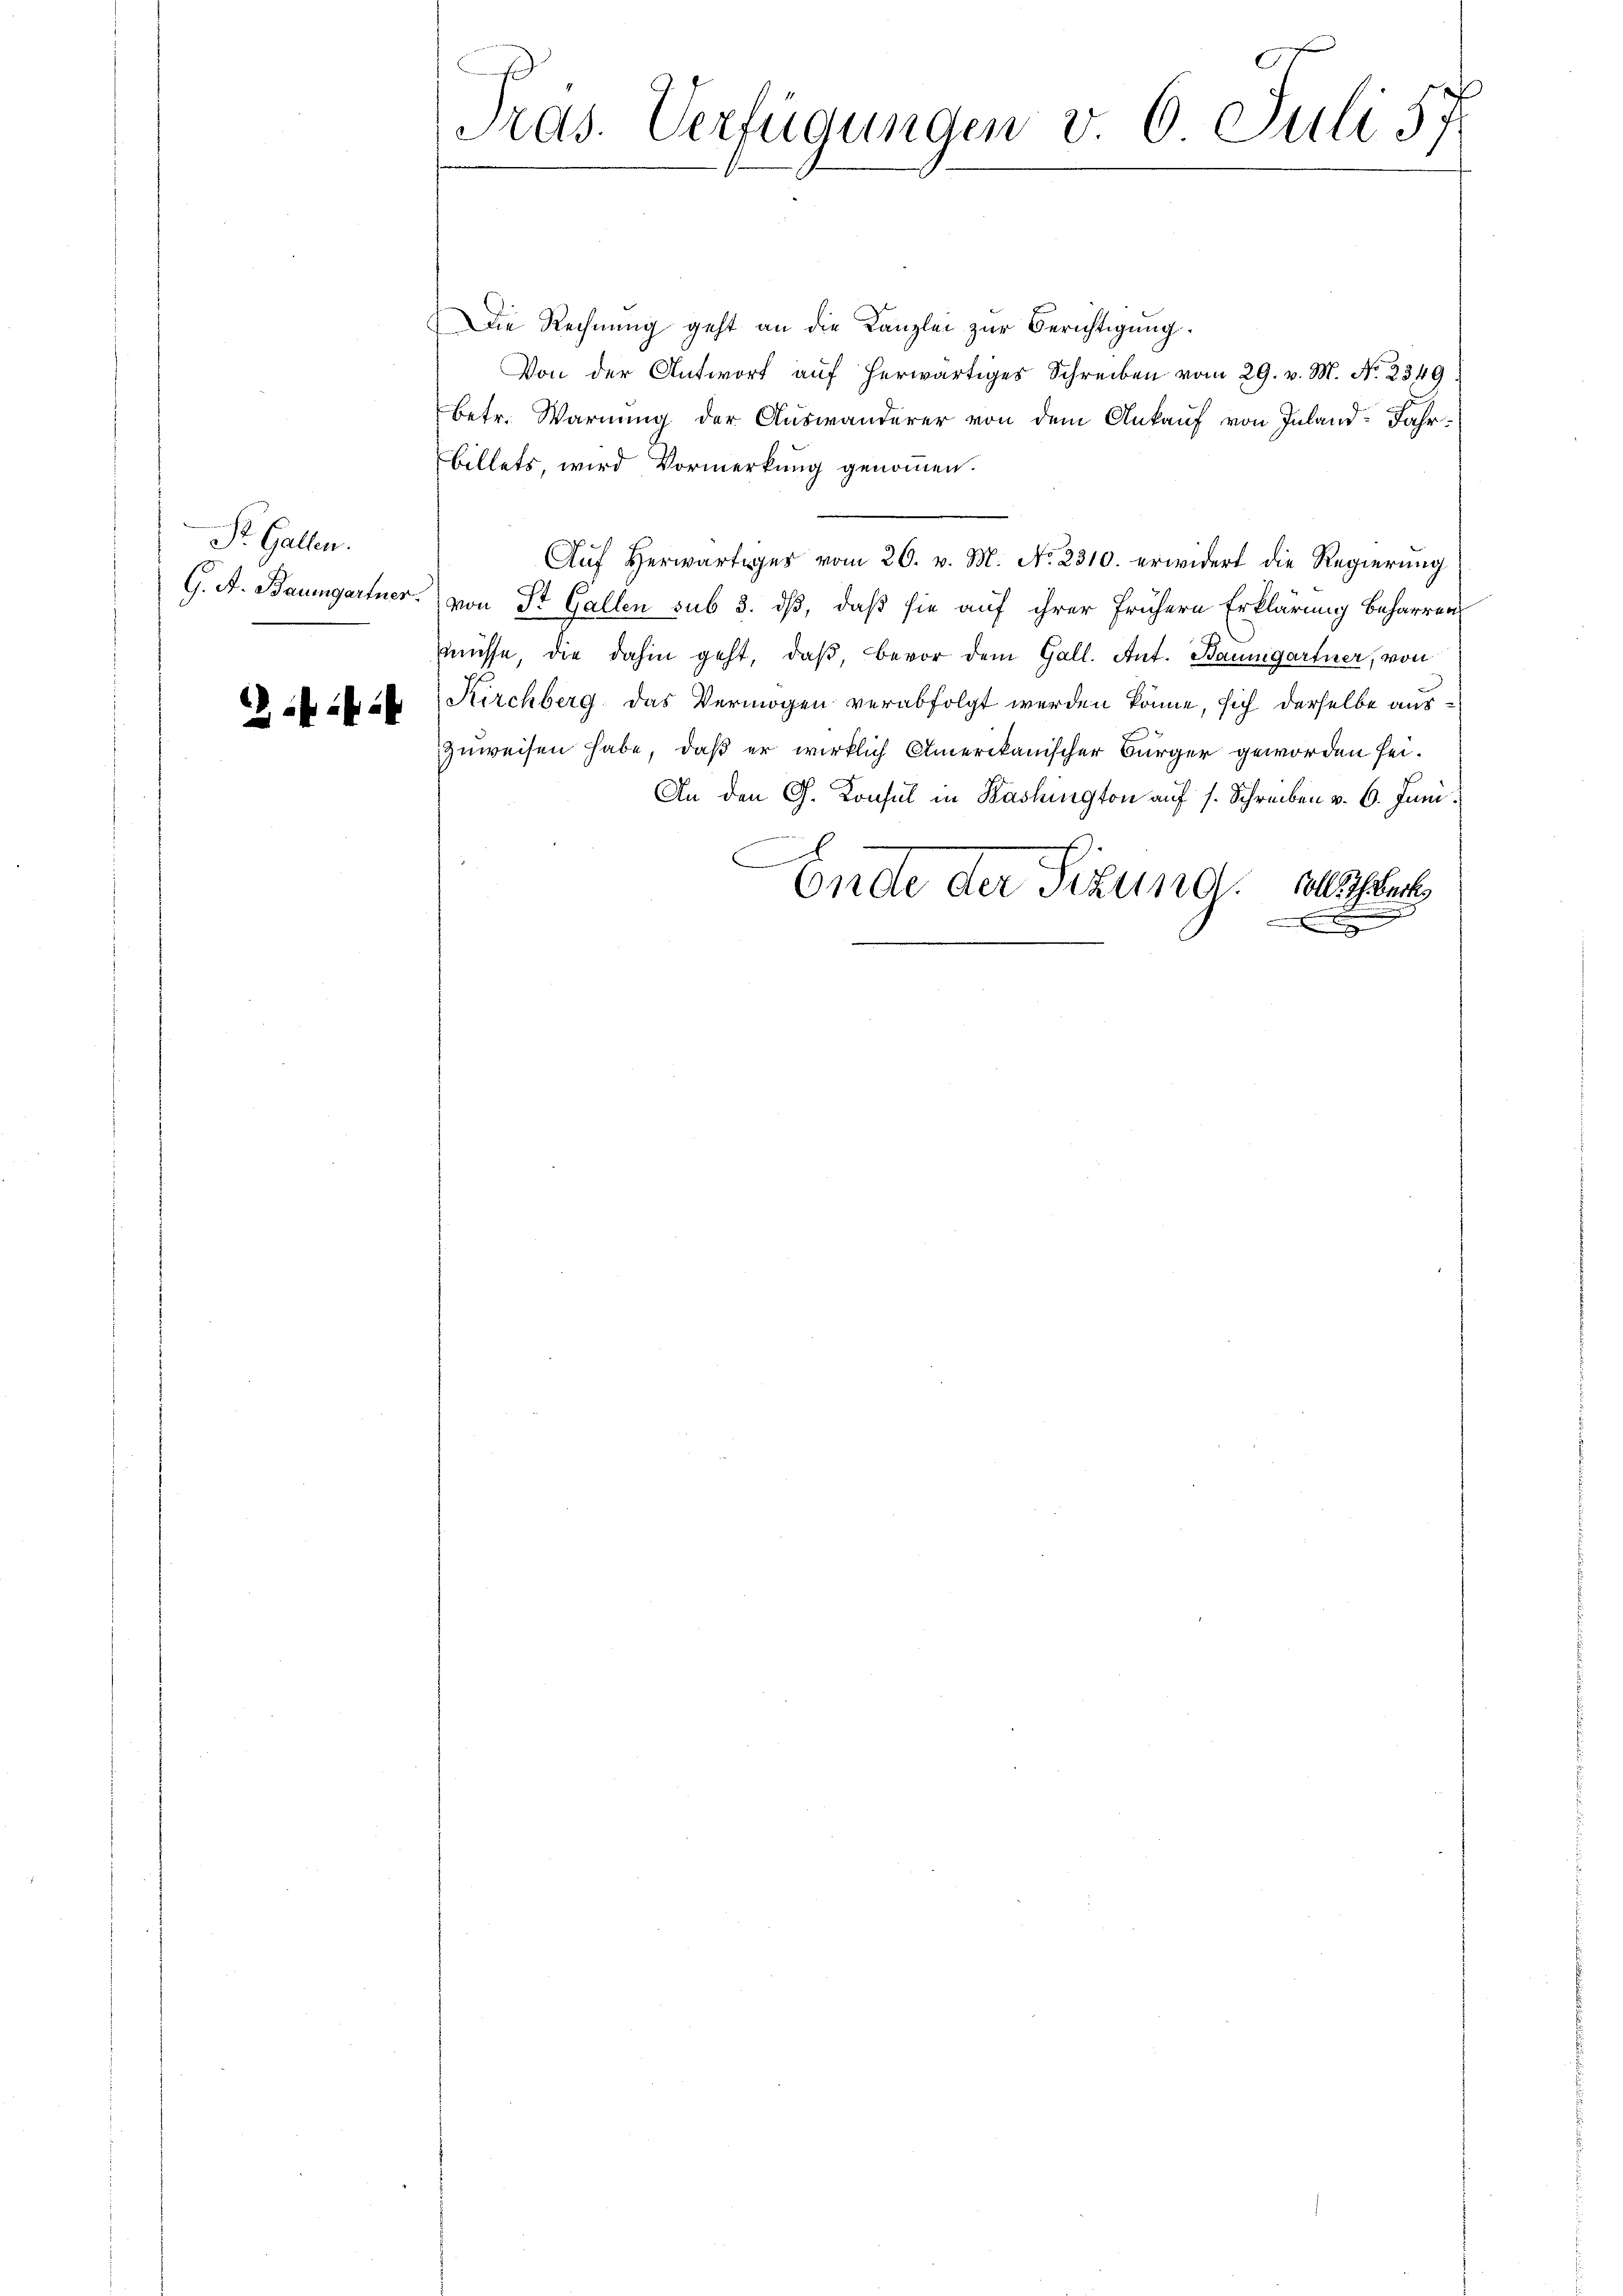
St. Gallen.

i

Tras. Verfügungen v 6 Juli 57

Die Rechnung geht an die Kanzlei zur Berichtigung.
Von der Antwort aŭf herwärtiges Schreiben vom 29. v. M. No. 2349.
betr. Warnung der Auswanderer von dem Ankauf von Inland-Fahr¬
Billets, wird Vormerkung genommen.
Auf herwärtiges vom 26. v. M. No. 2310. erwidert die Regierung
G. A. Baumgartner von St. Gallen sub 3. dß, daß sie auf ihrer frühern Erklärung beharren
müsse, die dahin geht, daß, bevor dem Gall. Ant. Baumgartner, von
Kirchberg das Vermögen verabfolgt werden könne, sich derselbe auszuweisen habe, daß er wirklich Amerikanischer Bürger geworden sei.
An den G. Konsul in Washington auf s. Schreiben v. 6. Juni.
C
Ondte der Sitzung. Besprech